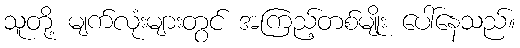
သူတို့ မျက်လုံးများတွင် အကြည့်တစ်မျိုး ပေါ်နေသည်။